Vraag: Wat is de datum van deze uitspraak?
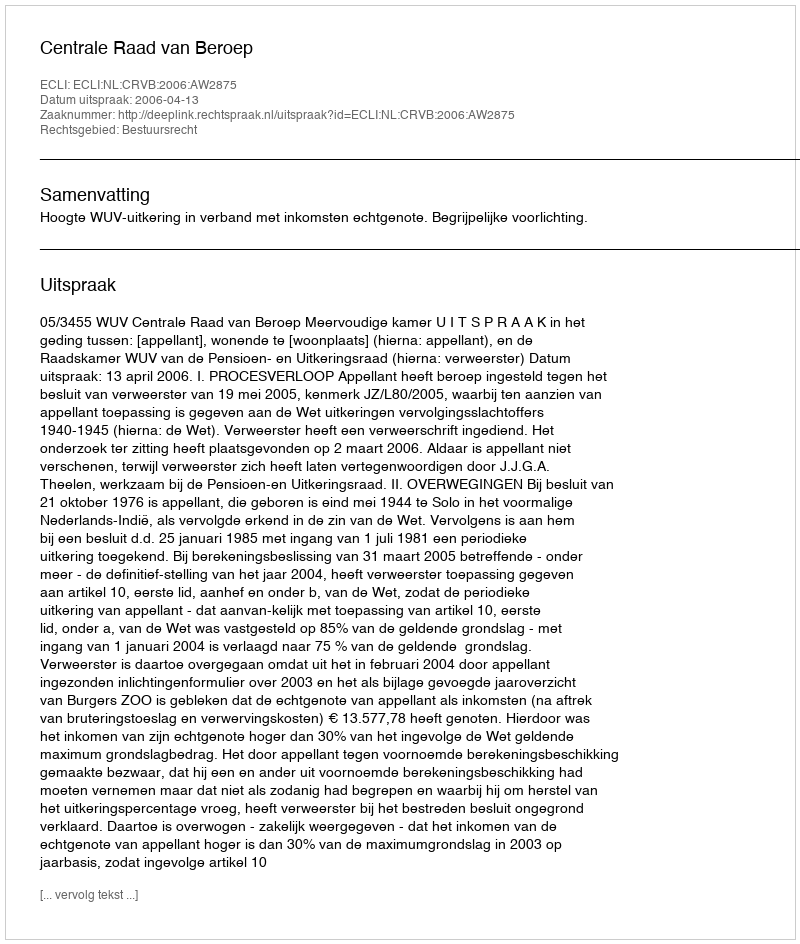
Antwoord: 2006-04-13